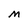
Character: M